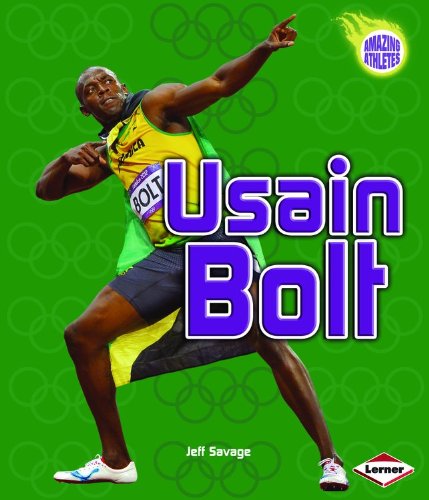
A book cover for Usain Bolt (Amazing Athletes); Jeff Savage; Children's Books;